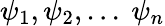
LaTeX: {\psi}_{1},{\psi}_{2},...\mathrm{~}{\psi}_{n}